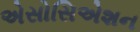
એસોસિએશન